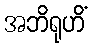
အဘိရုဟိံ